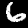
Label: 6